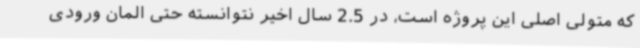
که متولی اصلی این پروژه است، در 2.5 سال اخیر نتوانسته حتی المان ورودی